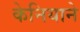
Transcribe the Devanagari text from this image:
केनियाने